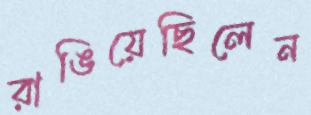
রাঙিয়েছিলেন